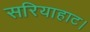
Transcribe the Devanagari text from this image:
सरियाहाट।